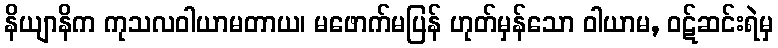
နိယျာနိက ကုသလဝါယာမတာယ၊ မဖောက်မပြန် ဟုတ်မှန်သော ဝါယာမ, ဝဋ်ဆင်းရဲမှ